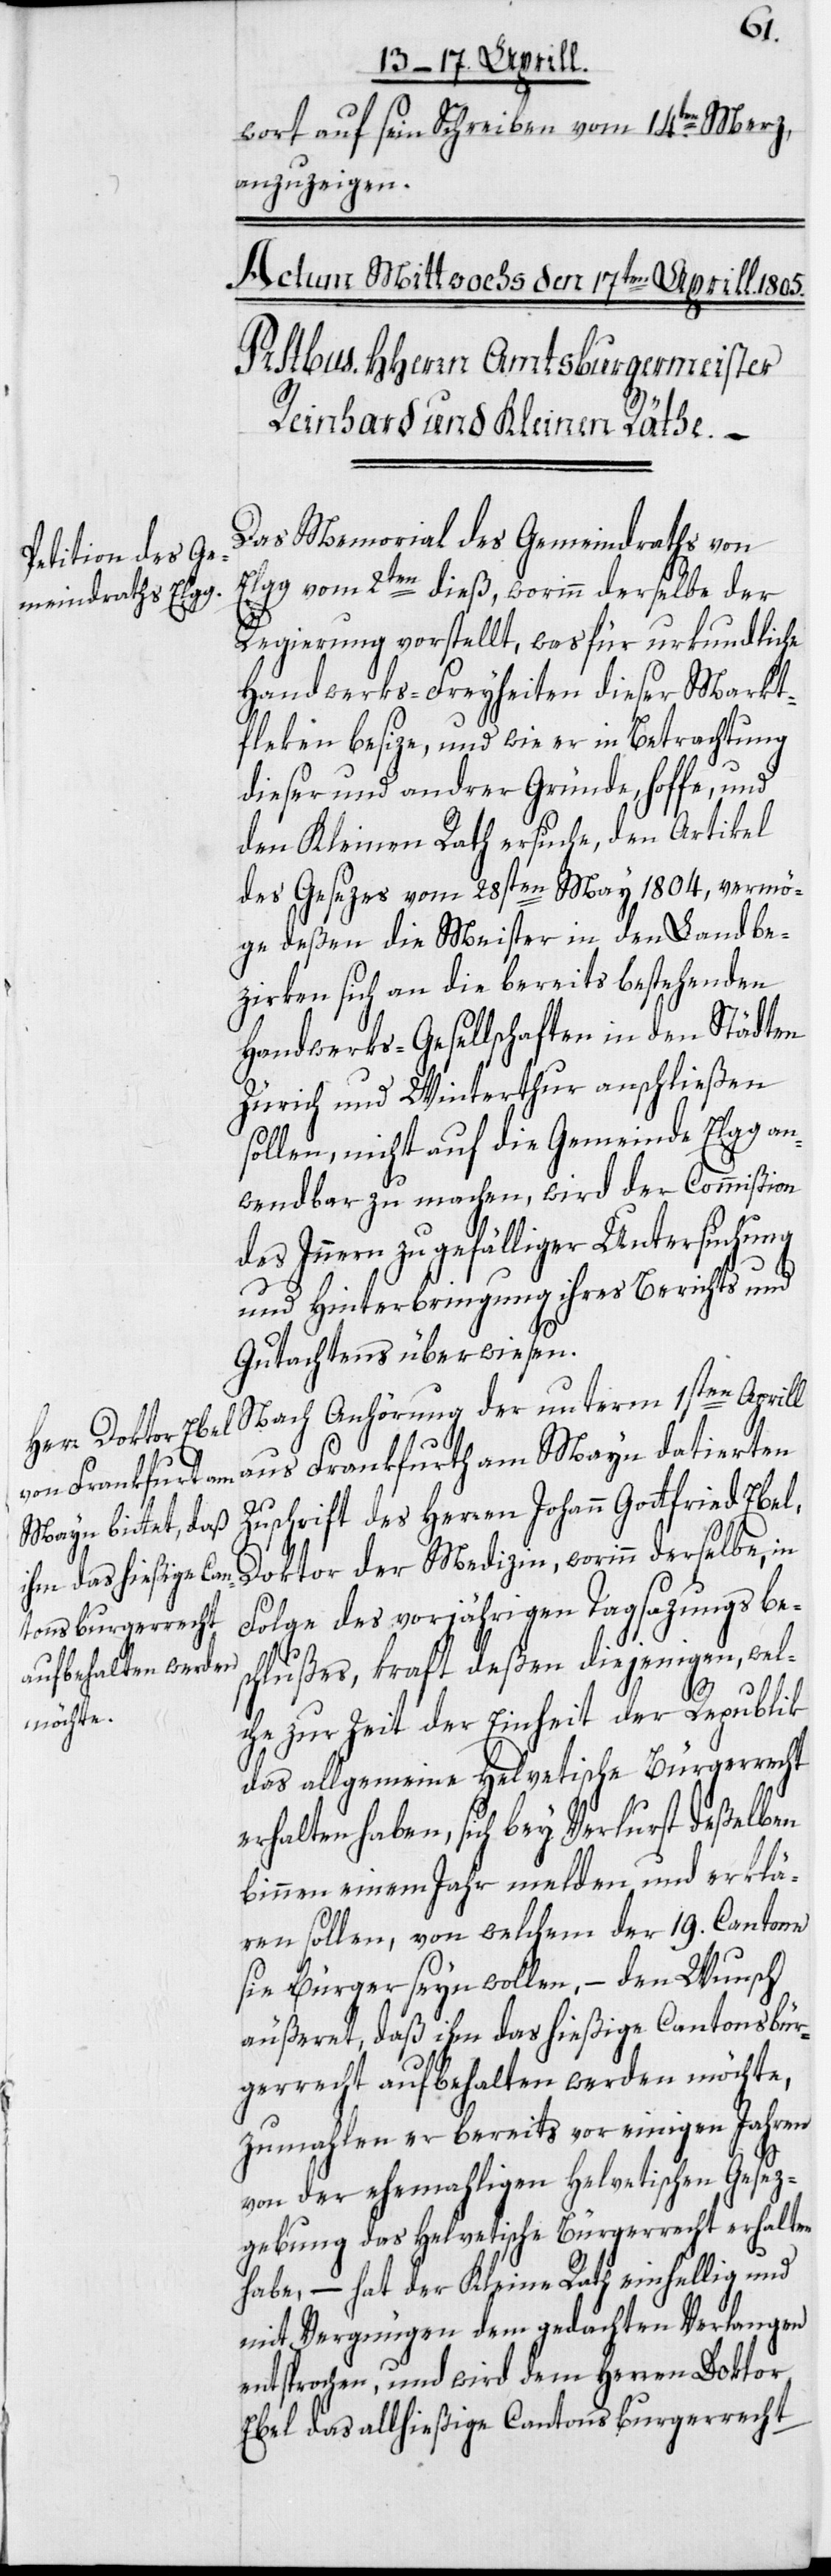
wort auf sein Schreiben vom 14.ten Merz,
anzuzeigen.
Anhörung der unterm 1sten Aprill a¬
Das Memorial des Gemeindraths von
Elgg vom 2ten dieß, worinn derselbe der
Regierung vorstellt, was für urkundliche
Handwerks-Freyheiten dieser Markt¬
fleken besize, und wie er in Betrachtung
dieser und andrer Gründe, hoffe, und
den Kleinen Rath ersuche, den Artikel
des Gesezes vom 28sten May 1804, vermö¬
ge deßen die Meister in den Landbe¬
zirken sich an die bereits bestehenden
Handwerks-Gesellschaften in den Städten
Zürich und Winterthur anschließen
sollen, nicht auf die Gemeinde Elgg an¬
wendbar zu machen, wird der Commißion
des Innern zu gefälliger Untersuchung
und Hinterbringung ihres Berichts und
Gutachtens überwiesen.
us Frankfurth am Mayn datierten
Zuschrift des Herren Johann Gottfried Ebel,
Doktor der Medizin, worinn derselbe, in
Folge des vorjährigen Tagsazungsbes¬
chlußes, kraft deßen diejenigen, welc¬
he zur Zeit der Einheit der Republik
das allgemeine Helvetische Bürgerrecht
erhalten haben, sich bey Verlurst deßelben
binnen einem Jahr melden und erklä¬
ren sollen, von welchem der 19. Cantone
sie Bürger seyn wollen, – den Wunsch
äußeret, daß ihm das hießige Cantonsbür¬
gerrecht aufbehalten werden möchte,
zumahlen er bereits vor einigen Jahren
von der ehemahligen Helvetischen Gesez¬
gebung das Helvetische Bürgerrecht erhalten
habe, – hat der Kleine Rath einhellig und
mit Vergnügen dem gedachten Verlangen
entsprochen, und wird dem Herren Doktor
Ebel das allhießige Cantonsburgerrecht